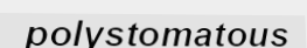
polystomatous